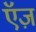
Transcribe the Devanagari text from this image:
ऍज़